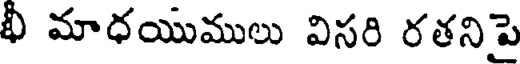
భీ మాధయుములు విసరి రతనిపై